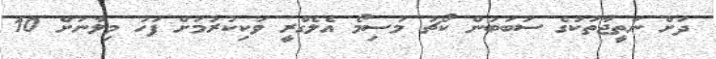
ދަށް ނަތީޖާތަކުގެ ސަބަބުން ކޯޗު މަސިމޯ އެލެގްރީ ވަކިކުރުމަށް ފަހު މިލާނަށް 10